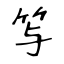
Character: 𥫣